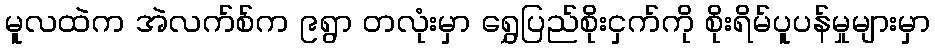
မူလထဲက အဲလက်စ်က ၉ရွာ တလုံးမှာ ရွှေပြည်စိုးငှက်ကို စိုးရိမ်ပူပန်မှုများမှာ